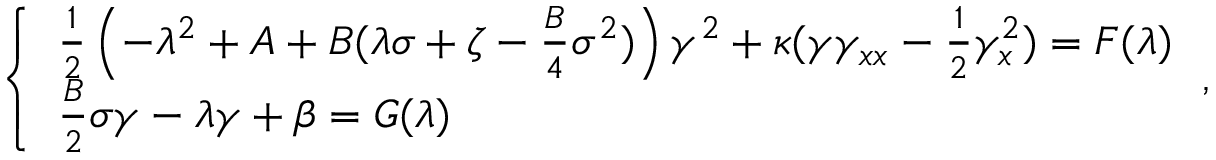
\left\{ \begin{array} { l } { \medskip \frac 1 2 \left( - \lambda ^ { 2 } + A + B ( \lambda \sigma + \zeta - \frac { B } 4 \sigma ^ { 2 } ) \right) \gamma ^ { 2 } + \kappa ( \gamma \gamma _ { x x } - \frac 1 2 \gamma _ { x } ^ { 2 } ) = F ( \lambda ) } \\ { \frac { B } 2 \sigma \gamma - \lambda \gamma + \beta = G ( \lambda ) } \end{array} \, , \right.